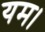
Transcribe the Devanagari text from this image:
यम।